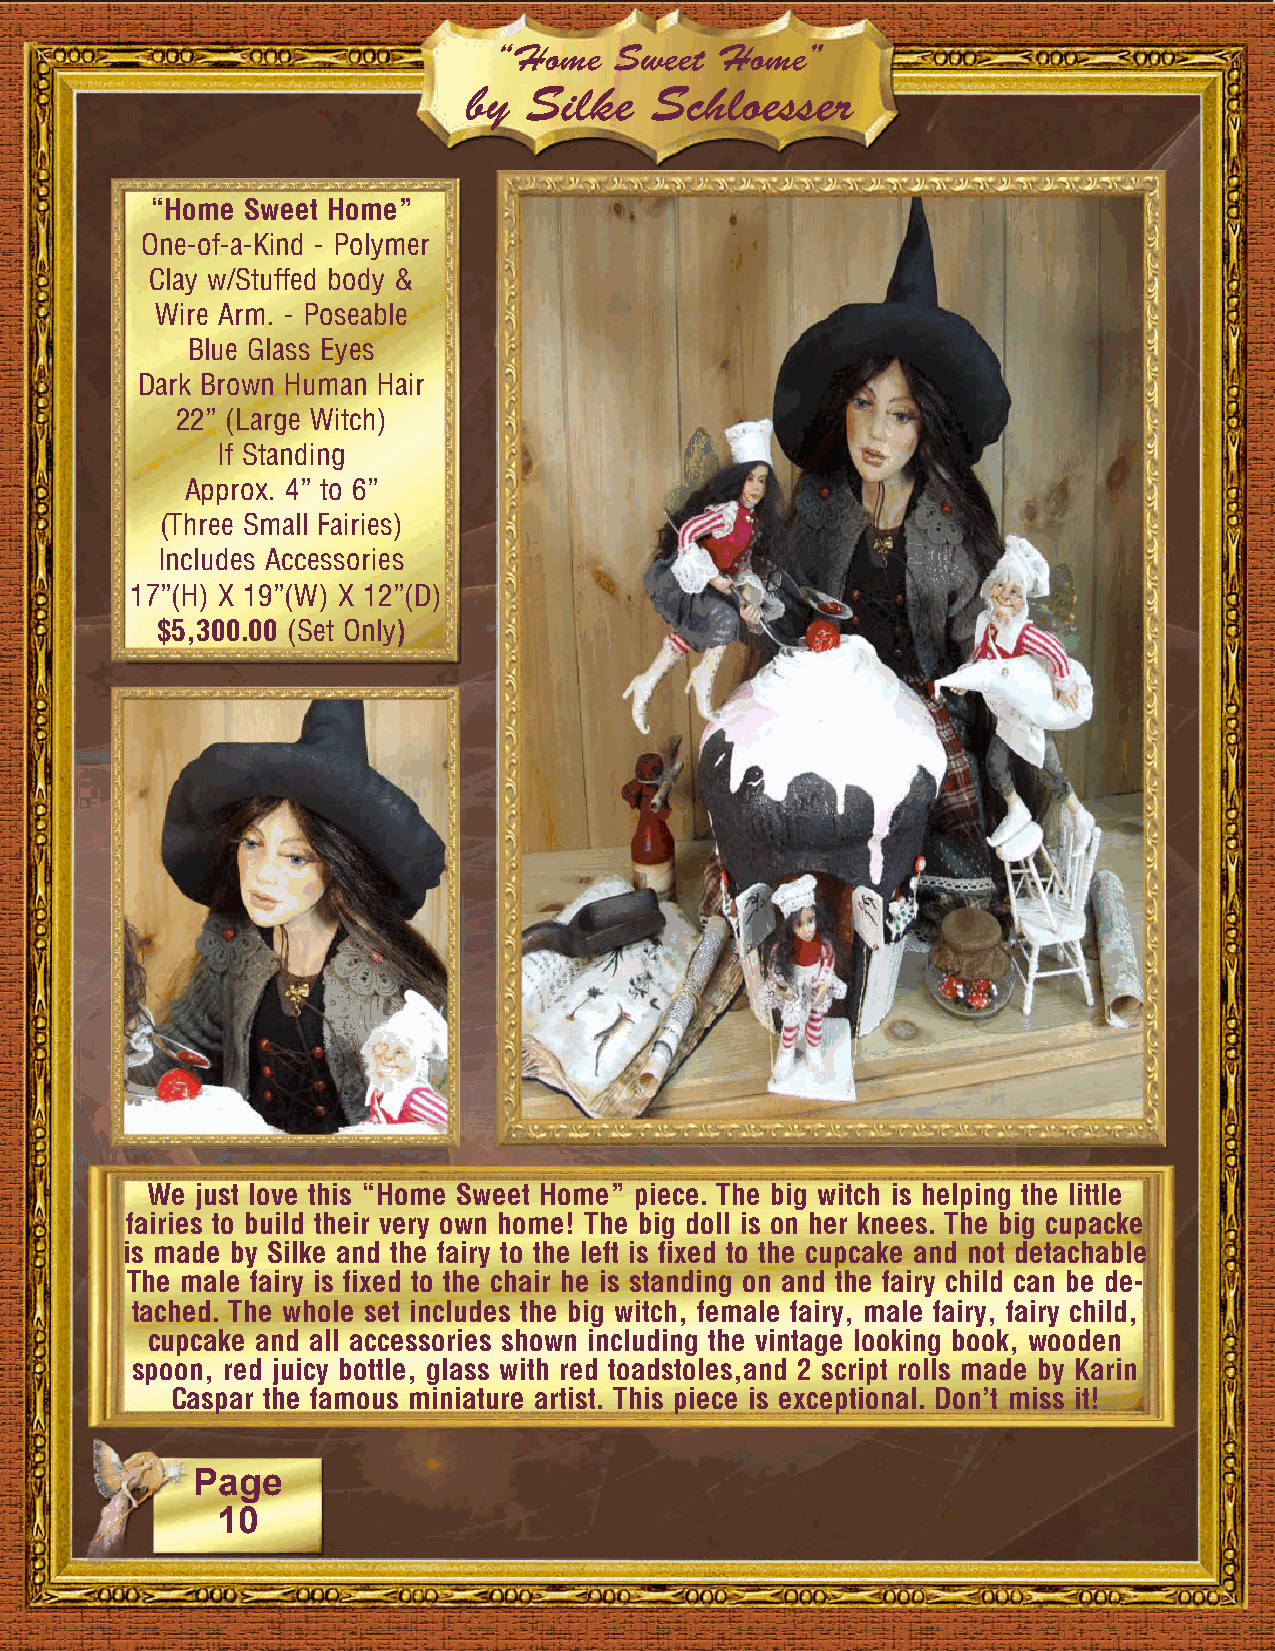
“Home   Sweet Home”
 by  Silke   Schloesser
 “Home Sweet Home”
 One-of-a-Kind - Polymer
 Clay w/Stuffed body &
 Wire Arm. - Poseable
 Blue Glass Eyes
 Dark Brown Human Hair
 22” (Large Witch)
 If Standing
 Approx. 4” to 6”
 (Three Small Fairies)
 Includes Accessories
 17”(H) X 19”(W) X 12”(D)
 $5,300.00 (Set Only)
 We just love this “Home Sweet Home” piece. The big witch is helping the little
 fairies to build their very own home! The big doll is on her knees. The big cupacke
 is made by Silke and the fairy to the left is fixed to the cupcake and not detachable
 The male fairy is fixed to the chair he is standing on and the fairy child can be de-
 tached. The whole set includes the big witch, female fairy, male fairy, fairy child,
 cupcake and all accessories shown including the vintage looking book, wooden
 spoon, red juicy bottle, glass with red toadstoles,and 2 script rolls made by Karin
 Caspar the famous miniature artist. This piece is exceptional. Don’t miss it!
 Page
 10